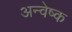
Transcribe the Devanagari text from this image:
अन्वेष्क